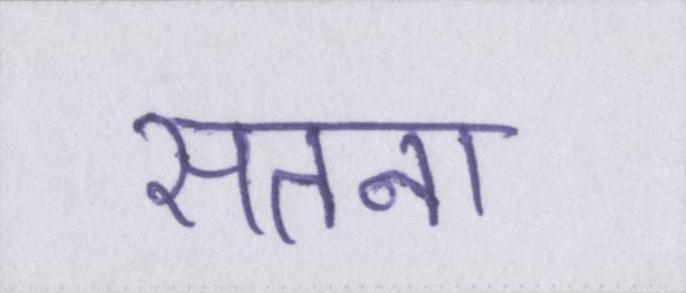
सतना